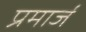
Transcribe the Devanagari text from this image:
प्रमार्ज